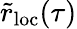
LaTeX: \tilde{r}_{\mathrm{loc}}(\tau)